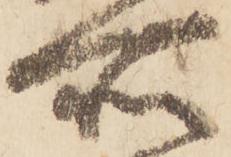
所